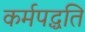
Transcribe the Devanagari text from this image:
कर्मपद्धति